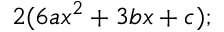
2 ( 6 a x ^ { 2 } + 3 b x + c ) ;